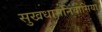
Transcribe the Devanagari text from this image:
सुखधामनिवासिया